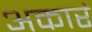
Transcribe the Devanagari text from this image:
अकारं